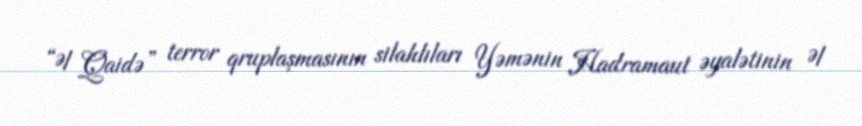
“Əl Qaidə” terror qruplaşmasının silahlıları Yəmənin Hadramaut əyalətinin Əl